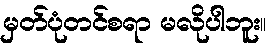
မှတ်ပုံတင်စရာ မလိုပါဘူး။